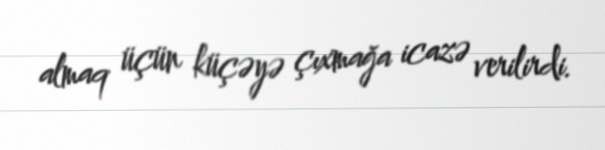
almaq üçün küçəyə çıxmağa icazə verilirdi.